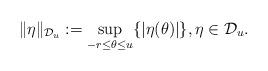
LaTeX: \begin{align*}\|\eta\|_{\mathcal{D}_u}:=\sup_{-r\leq \theta\leq u}\{|\eta(\theta)|\}, \eta \in \mathcal{D}_u.\end{align*}